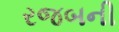
રજબની